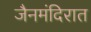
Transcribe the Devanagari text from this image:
जैनमंदिरात